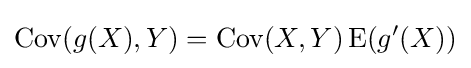
\operatorname {Cov} (g(X),Y)=\operatorname {Cov} (X,Y)\operatorname {E} (g'(X))